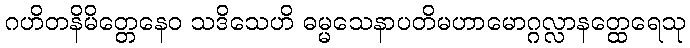
ဂဟိတနိမိတ္တေနေဝ သဒိသေဟိ ဓမ္မသေနာပတိမဟာမောဂ္ဂလ္လာနတ္ထေရေသု